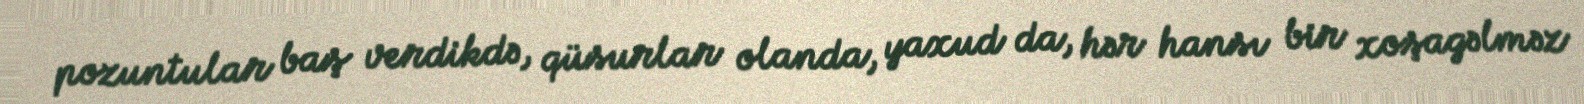
pozuntular baş verdikdə, qüsurlar olanda, yaxud da, hər hansı bir xoşagəlməz